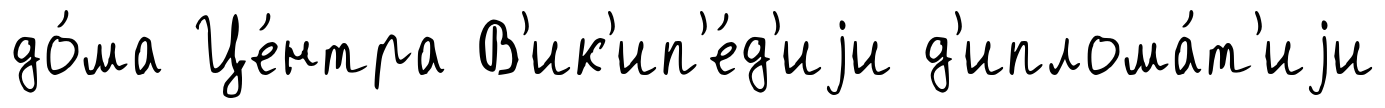
до́ма Це́нтра В'ик'ип'е́д'иjи д'иплома́т'иjи